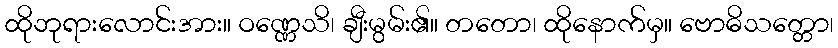
ထိုဘုရားလောင်းအား။ ဝဏ္ဏေသိ၊ ချီးမွမ်း၏။ တတော၊ ထိုနောက်မှ။ ဗောဓိသတ္တော၊